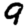
Digit: 9